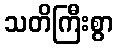
သတိကြီးစွာ